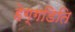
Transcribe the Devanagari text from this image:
हेग्गडिति